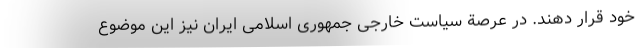
خود قرار دهند. در عرصة سیاست خارجی جمهوری اسلامی ایران نیز این موضوع